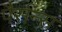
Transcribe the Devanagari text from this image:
पैर्सन्स